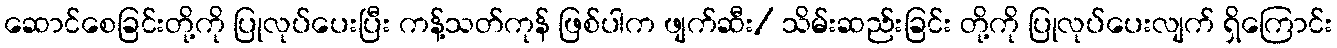
ဆောင်စေခြင်းတို့ကို ပြုလုပ်ပေးပြီး ကန့်သတ်ကုန် ဖြစ်ပါက ဖျက်ဆီး/ သိမ်းဆည်းခြင်း တို့ကို ပြုလုပ်ပေးလျက် ရှိကြောင်း